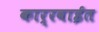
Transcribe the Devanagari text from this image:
कार्रवाईत